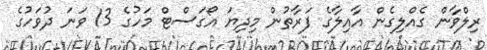
ރިލްވާން ގެއްލިގެން އާއިލާގެ ފަރާތުން މިދިޔަ އޯގަސްޓް މަހުގެ 13 ވަނަ ދުވަހުގެ